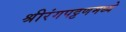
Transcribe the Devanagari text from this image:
श्रीरंगपट्टणमध्ये